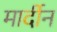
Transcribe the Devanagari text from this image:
मार्दीन